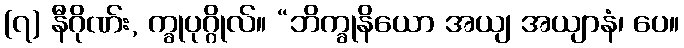
(၇) နီဂိုဏ်း, က္ခုပုဂ္ဂိုလ်။ “ဘိက္ခုနိယော အယျ အယျာနံ၊ ပေ။